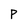
Character: P